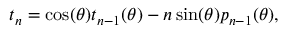
t _ { n } = \cos ( \theta ) t _ { n - 1 } ( \theta ) - n \sin ( \theta ) p _ { n - 1 } ( \theta ) ,